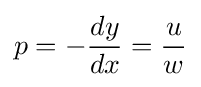
p=-{\frac {dy}{dx}}={\frac {u}{w}}